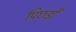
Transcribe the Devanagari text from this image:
पिछड़ोँ